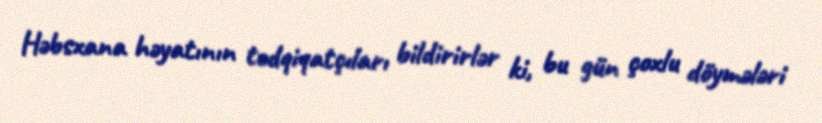
Həbsxana həyatının tədqiqatçıları bildirirlər ki, bu gün çoxlu döymələri